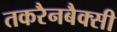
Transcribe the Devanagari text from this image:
तकरैनबैक्सी